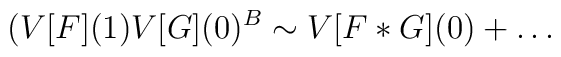
(V[F](1) V[G](0)^B \sim V[F*G](0) + \dots